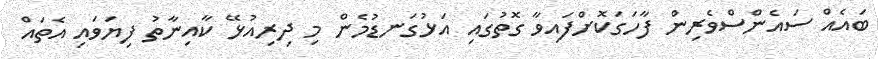
ބައެއް ސައެންސްވެރިން ފާހަގަކޮށްފައިވާ ގޮތުގައި އަޅުގަނޑުމެން މި ދިރިއުޅޭ ކާއިނާތު ފިޔަވައި އެތައް